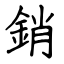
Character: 銷